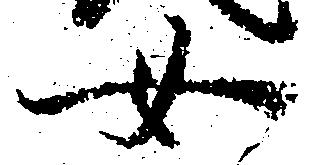
女